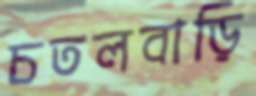
চতলবাড়ি